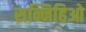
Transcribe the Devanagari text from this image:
सन्निहिओ